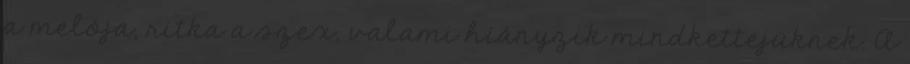
a melója, ritka a szex, valami hiányzik mindkettejüknek. A